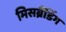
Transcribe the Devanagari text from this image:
मिसब्रैंडिंग